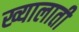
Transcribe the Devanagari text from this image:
ख्यालाती